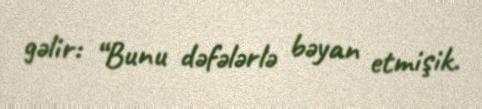
gəlir: “Bunu dəfələrlə bəyan etmişik.